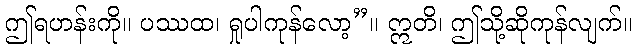
ဤရဟန်းကို။ ပဿထ၊ ရှုပါကုန်လော့”။ ဣတိ၊ ဤသို့ဆိုကုန်လျက်။